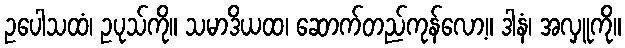
ဥပေါသထံ၊ ဥပုသ်ကို။ သမာဒိယထ၊ ဆောက်တည်ကုန်လော့။ ဒါနံ၊ အလှူကို။